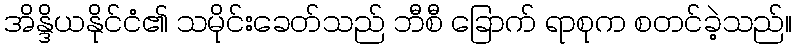
အိန္ဒိယနိုင်ငံ၏ သမိုင်းခေတ်သည် ဘီစီ ခြောက် ရာစုက စတင်ခဲ့သည်။